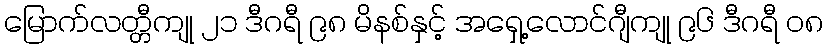
မြောက်လတ္တီကျု ၂၁ ဒီဂရီ ၉၈ မိနစ်နှင့် အရှေ့လောင်ဂျီကျု ၉၆ ဒီဂရီ ၀၈